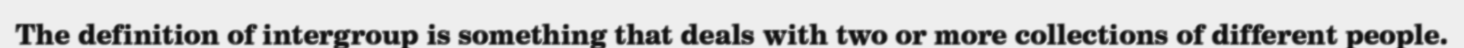
The definition of intergroup is something that deals with two or more collections of different people.